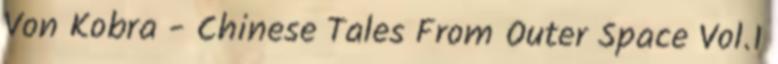
Von Kobra - Chinese Tales From Outer Space Vol.1